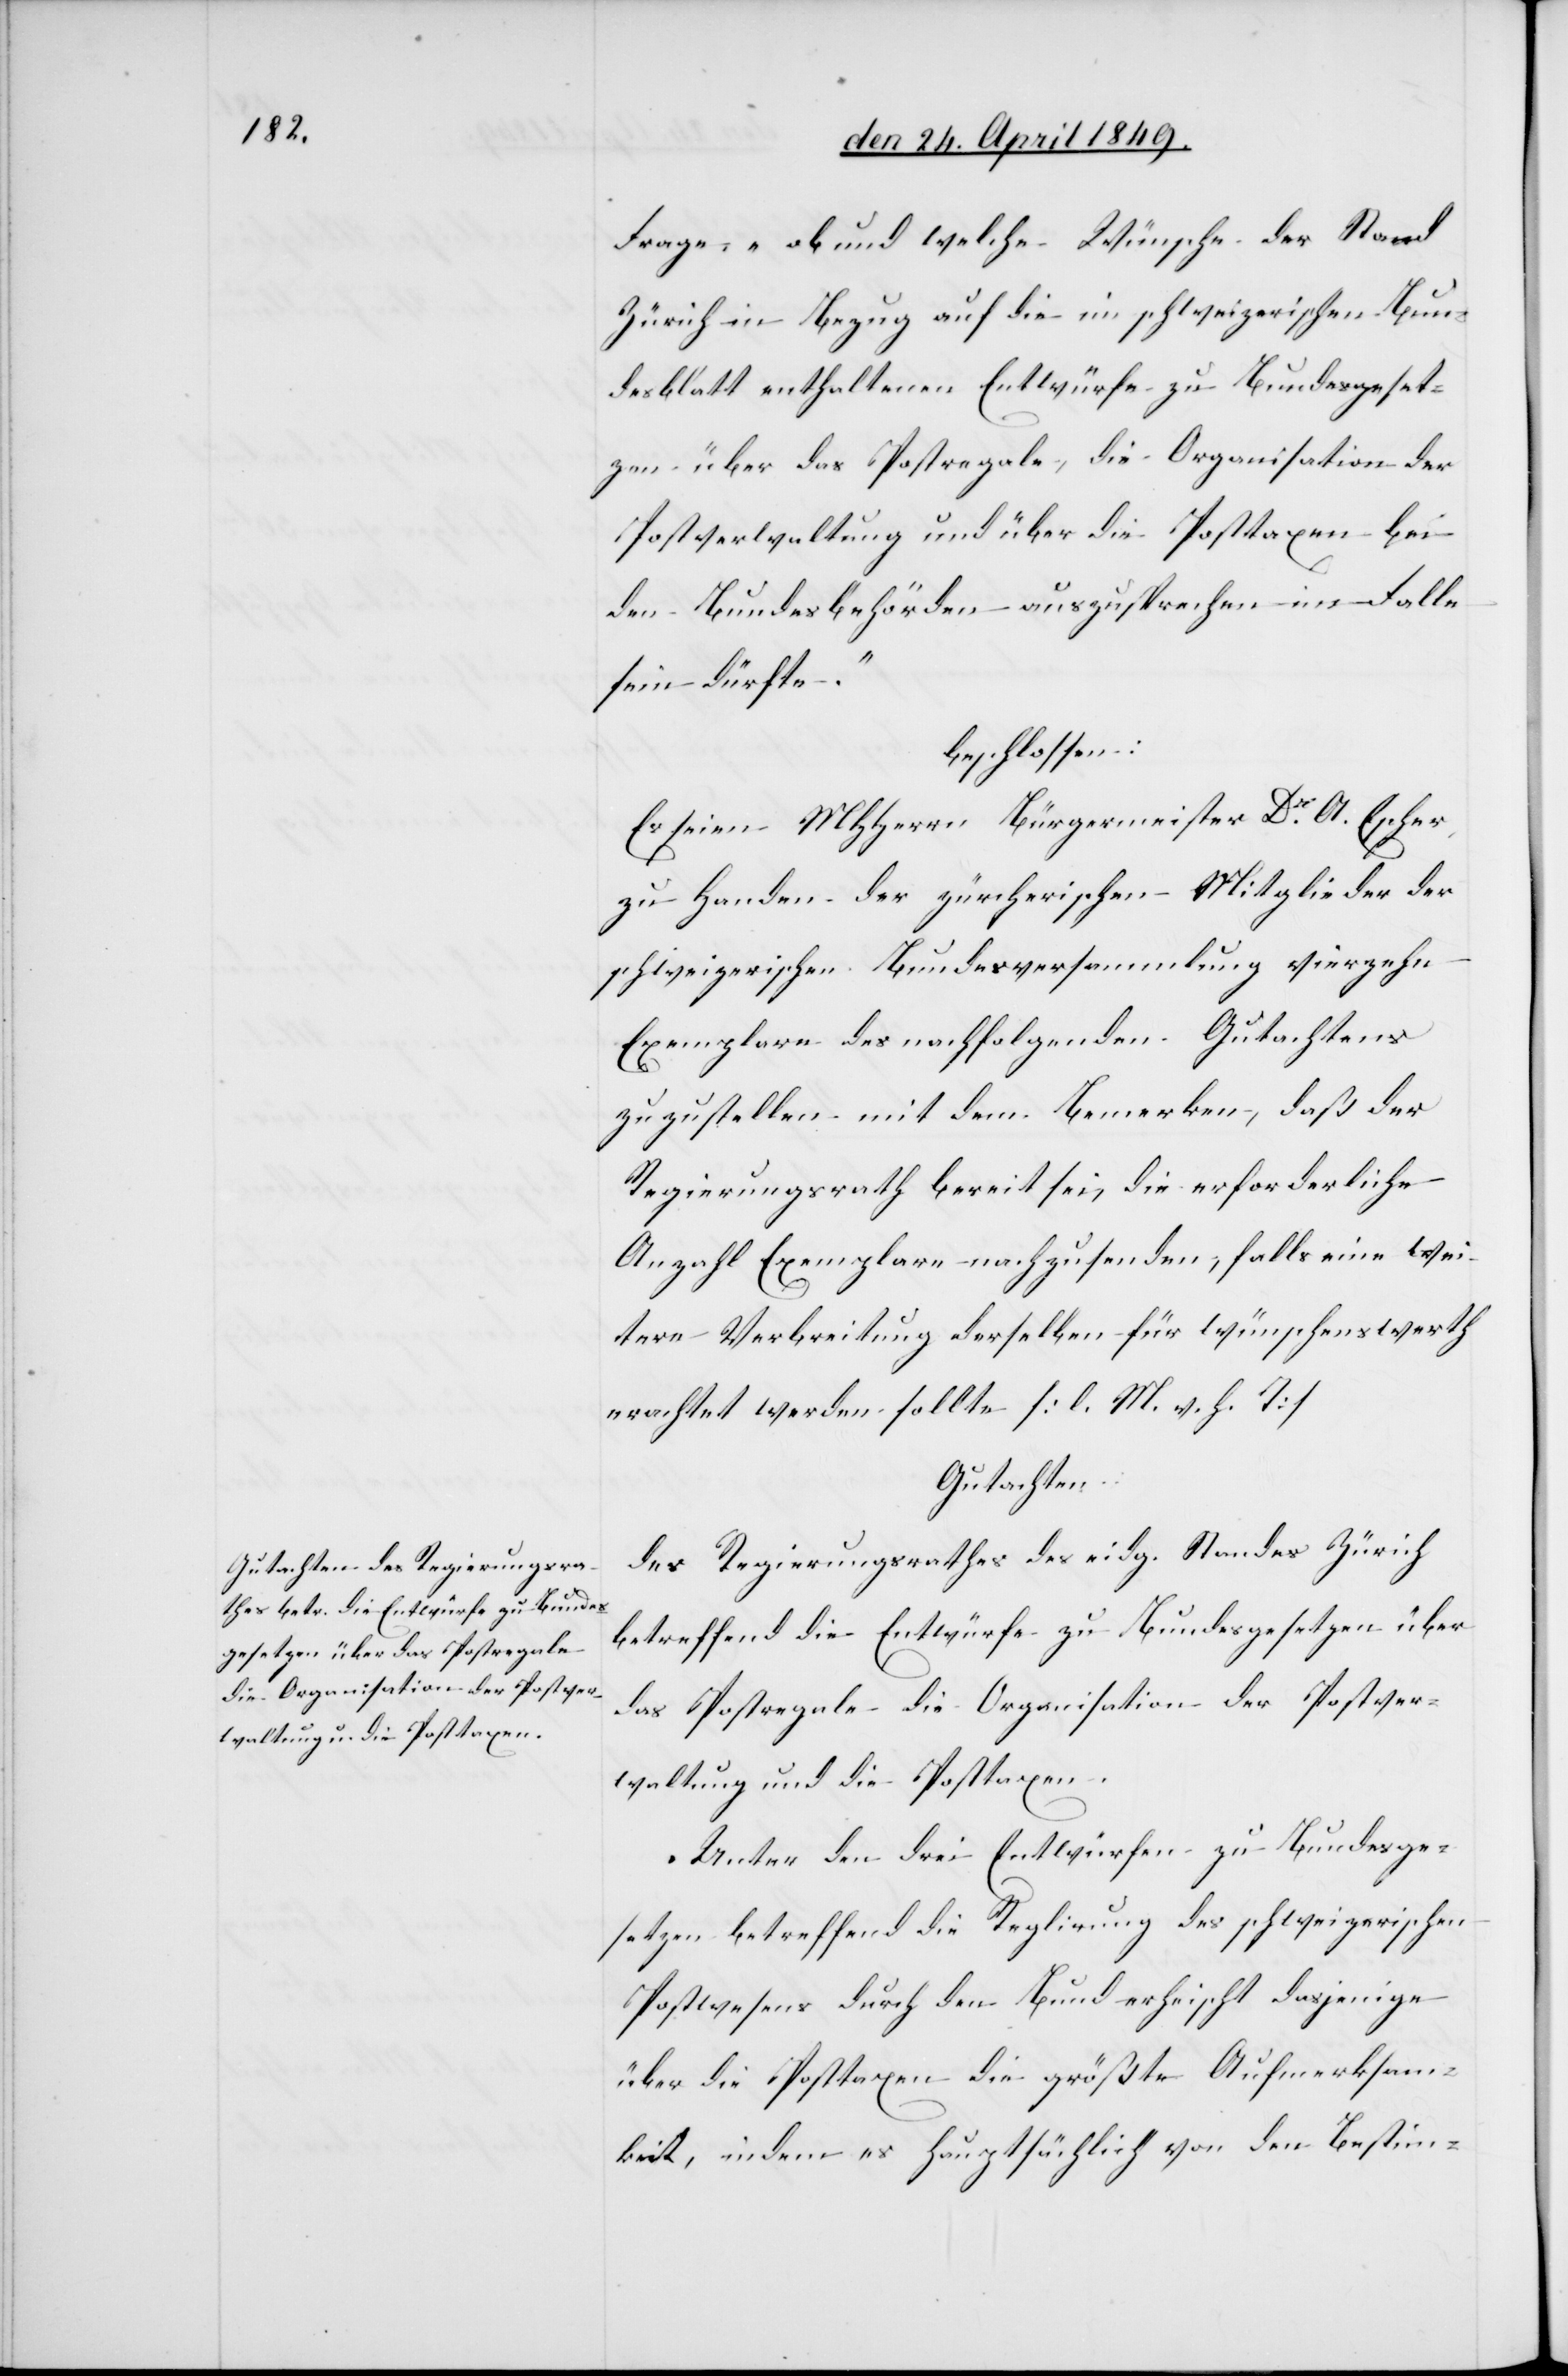
Frage: „ob und welche Wünsche der Stand
Zürich in Bezug auf die im schweizerischen Bun¬
desblatt enthaltenen Entwürfe zu Bundesgeset¬
zen über das Postregale, die Organisation der
Postverwaltung und über die Posttaxen bei
den Bundesbehörden auszusprechen im Falle
sein dürfte.“
beschlossen:
Es seien MHHerrn Bürgermeister Dr A. Escher,
zu Handen der zürcherischen Mitglieder der
schweizerischen Bundesversammlung vierzehn
Exemplare des nachfolgenden Gutachtens
zuzustellen mit dem Bemerken, daß der
Regierungsrath bereit sei, die erforderliche
Anzahl Exemplare nachzusenden, falls eine wei¬
tere Verbreitung derselben für wünschenswerth
erachtet werden sollte [l. M. h. T][.]